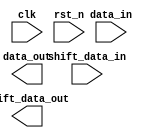
module SISO_right_shift (
    input clk,
    input rst_n,
    input [15:0] data_in,
    output reg [15:0] data_out,
    input shift_data_in,
    output reg shift_data_out
);

// Implement shifting logic for SISO right mode

endmodule